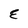
Character: E